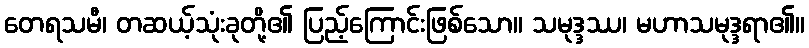
တေရသမီ၊ တဆယ့်သုံးခုတို့၏ ပြည့်ကြောင်းဖြစ်သော။ သမုဒ္ဒဿ၊ မဟာသမုဒ္ဒရာ၏။